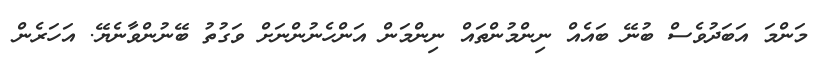
މަންމަ އަބަދުވެސް ބުނޭ ބައެއް ނިންމުންތައް ނިންމަން އަންހެނުންނަށް ވަގުތު ބޭނުންވާނެޔޭ. އަހަރެން